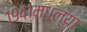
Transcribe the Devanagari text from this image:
१९४१मधल्या